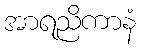
အာရညိကာနံ